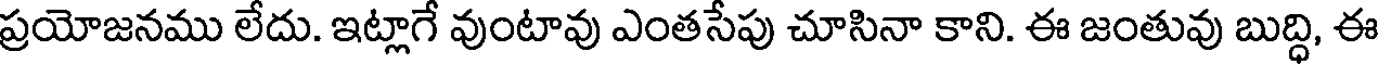
ప్రయోజనము లేదు. ఇట్లాగే వుంటావు ఎంతసేపు చూసినా కాని. ఈ జంతువు బుద్ధి, ఈ